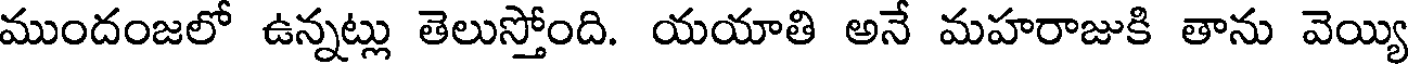
ముందంజలో ఉన్నట్లు తెలుస్తోంది. యయాతి అనే మహరాజుకి తాను వెయ్యి